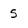
Character: 5